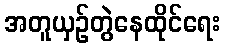
အတူယှဉ်တွဲနေထိုင်ရေး